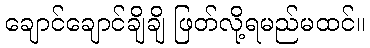
ချောင်ချောင်ချိချိ ဖြတ်လို့ရမည်မထင်။